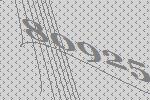
80925